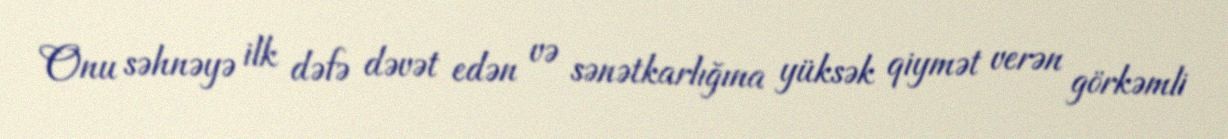
Onu səhnəyə ilk dəfə dəvət edən və sənətkarlığına yüksək qiymət verən görkəmli